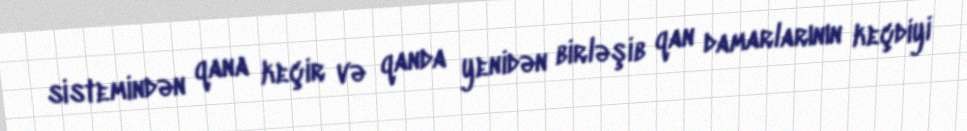
sistemindən qana keçir və qanda yenidən birləşib qan damarlarının keçdiyi